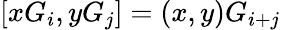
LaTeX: [xG_{i},yG_{j}]=(x,y)G_{i+j}